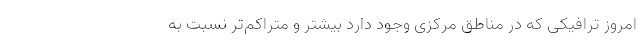
امروز ترافیکی که در مناطق مرکزی وجود دارد بیشتر و متراکم‌تر نسبت به